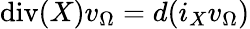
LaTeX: \mathrm{div}(X)v_{\Omega}=d(i_{X}v_{\Omega})